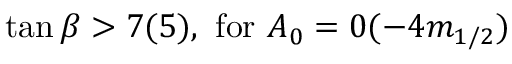
\tan \beta > 7 ( 5 ) , \, \, \mathrm { f o r } \, \, A _ { 0 } = 0 ( - 4 m _ { 1 / 2 } )